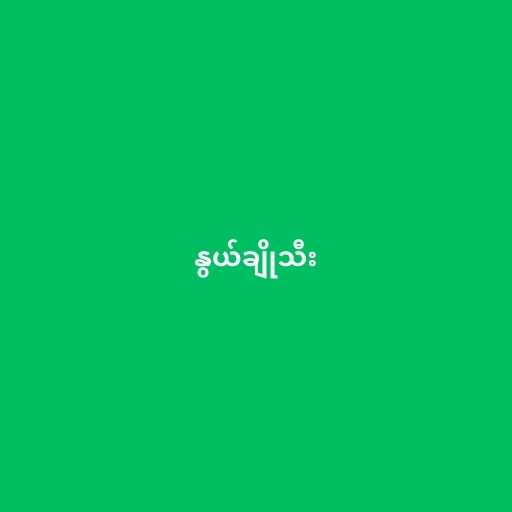
နွယ်ချိုသီး